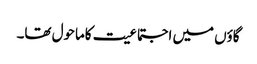
گاؤں میں اجتماعیت کاماحول تھا۔